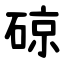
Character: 䃄